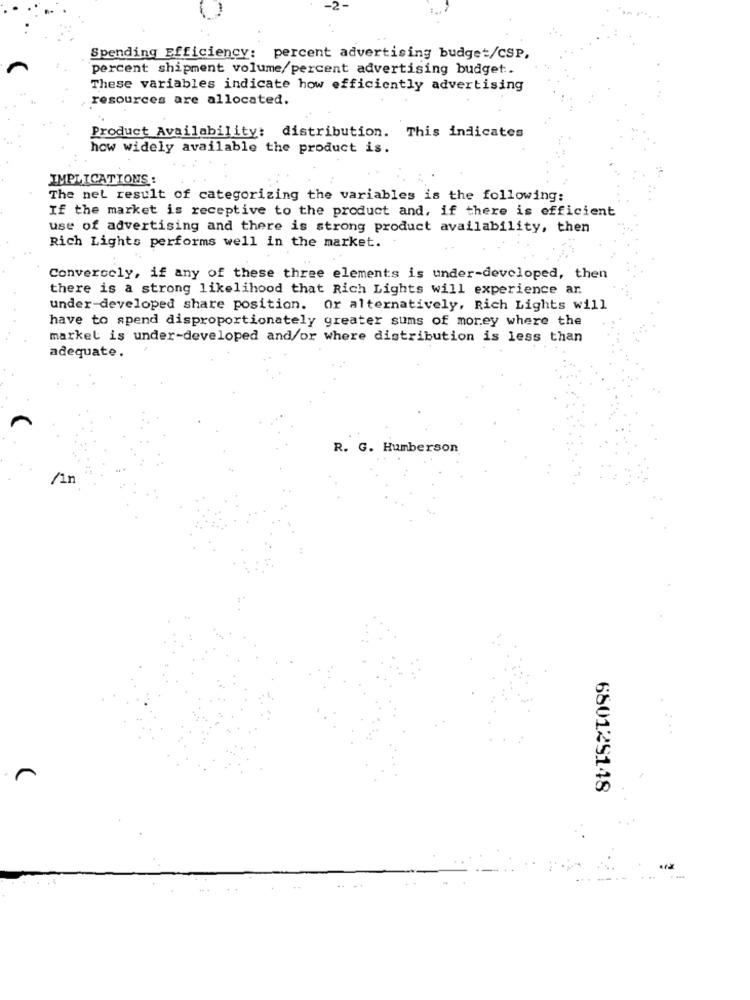
Spending Efficiency: percent advertising budget/CSP.
percent shipment volume/percent advertising budget :.
These variables indicate how efficiently advertising
resources are allocated.
Product Availability: distribution. This indicates
how widely available the product is.
IMPLICATIONS :
The nel result of categorizing the variables is the following:
If the market is receptive to the product and, if there is efficient
use of advertising and there is strong product availability, then
Rich Lights performs well in the market.
Conversely, if any of these three elements is under-developed, then
there is a strong likelihood that Rich Lights will experience ar.
under-developed share position. Or alternatively, Rich Lights will
have to spend disproportionately greater sums of morey where the
market is under-developed and/or where distribution is less than
adequate.
R. G. Humberson
/1n
680129148